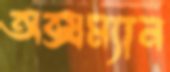
অক্সম্যান